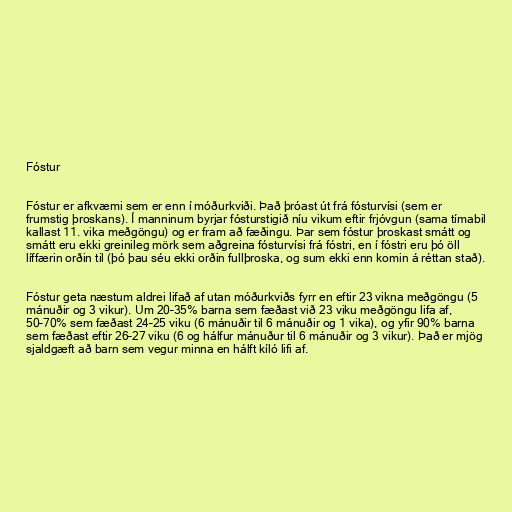
Fóstur

Fóstur er afkvæmi sem er enn í móðurkviði. Það þróast út frá fósturvísi (sem er
frumstig þroskans). Í manninum byrjar fósturstigið níu vikum eftir frjóvgun (sama tímabil
kallast 11. vika meðgöngu) og er fram að fæðingu. Þar sem fóstur þroskast smátt og
smátt eru ekki greinileg mörk sem aðgreina fósturvísi frá fóstri, en í fóstri eru þó öll
líffærin orðin til (þó þau séu ekki orðin fullþroska, og sum ekki enn komin á réttan stað).

Fóstur geta næstum aldrei lifað af utan móðurkviðs fyrr en eftir 23 vikna meðgöngu (5
mánuðir og 3 vikur). Um 20–35% barna sem fæðast við 23 viku meðgöngu lifa af,
50–70% sem fæðast 24–25 viku (6 mánuðir til 6 mánuðir og 1 vika), og yfir 90% barna
sem fæðast eftir 26–27 viku (6 og hálfur mánuður til 6 mánuðir og 3 vikur). Það er mjög
sjaldgæft að barn sem vegur minna en hálft kíló lifi af.